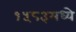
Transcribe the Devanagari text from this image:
१५८३मध्ये